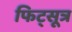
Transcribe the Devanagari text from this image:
फिट्सूत्र